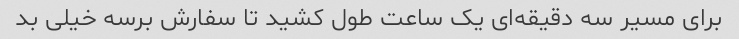
برای مسیر سه دقیقه‌ای یک ساعت طول کشید تا سفارش برسه خیلی بد